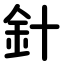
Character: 針